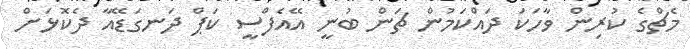
މެޗްގެ ކުރިން ވާހަކަ ދައްކަމުން ޗަން ބުނީ އޭއެފްސީ ކަޕް ދަނގަޑޭއާ ދެކޮޅަށް